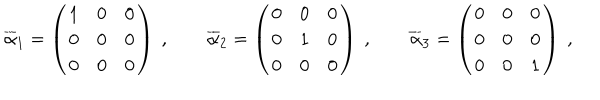
\overline { { { \alpha } } } _ { 1 } = \left( \begin{array} { c c c } { { 1 } } & { { 0 } } & { { 0 } } \\ { { 0 } } & { { 0 } } & { { 0 } } \\ { { 0 } } & { { 0 } } & { { 0 } } \\ \end{array} \right) ~ , \quad \quad \overline { { { \alpha } } } _ { 2 } = \left( \begin{array} { c c c } { { 0 } } & { { 0 } } & { { 0 } } \\ { { 0 } } & { { 1 } } & { { 0 } } \\ { { 0 } } & { { 0 } } & { { 0 } } \\ \end{array} \right) ~ , \quad \quad \overline { { { \alpha } } } _ { 3 } = \left( \begin{array} { c c c } { { 0 } } & { { 0 } } & { { 0 } } \\ { { 0 } } & { { 0 } } & { { 0 } } \\ { { 0 } } & { { 0 } } & { { 1 } } \\ \end{array} \right) ~ ,